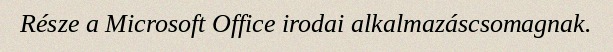
Része a Microsoft Office irodai alkalmazáscsomagnak.